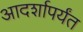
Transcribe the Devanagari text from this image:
आदर्शापर्यंत